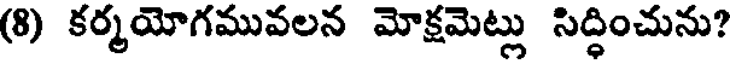
(8) కర్మయోగమువలన మోక్షమెట్లు సిద్ధించును?